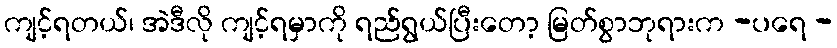
ကျင့်ရတယ်၊ အဲဒီလို ကျင့်ရမှာကို ရည်ရွယ်ပြီးတော့ မြတ်စွာဘုရားက -ပရေ -